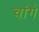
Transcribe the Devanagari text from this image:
चांगे